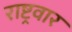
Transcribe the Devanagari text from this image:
राष्ट्रवार